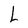
Character: L